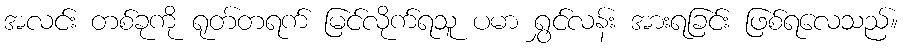
အလင်း တစ်ခုကို ရုတ်တရက် မြင်လိုက်ရသူ ပမာ ရွှင်လန်း အားရခြင်း ဖြစ်ရလေသည်။